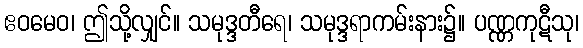
ဧဝမေဝ၊ ဤသို့လျှင်။ သမုဒ္ဒတီရေ၊ သမုဒ္ဒရာကမ်းနား၌။ ပဏ္ဏကုဋီသု၊